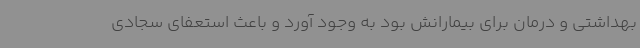
بهداشتی و درمان برای بیمارانش بود به‌ وجود آورد و باعث استعفای سجادی